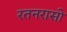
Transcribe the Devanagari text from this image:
रतनरासो